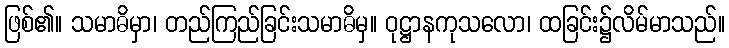
ဖြစ်၏။ သမာဓိမှာ၊ တည်ကြည်ခြင်းသမာဓိမှ။ ဝုဋ္ဌာနကုသလော၊ ထခြင်း၌လိမ်မာသည်။